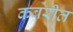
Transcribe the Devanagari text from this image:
कबरीत